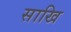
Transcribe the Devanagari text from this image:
साखि